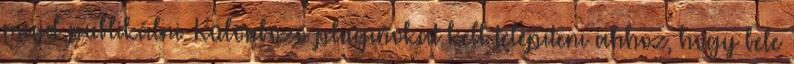
majd publikálni. Különböző pluginokat kell telepíteni ahhoz, hogy bele